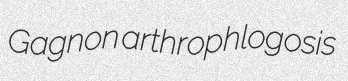
Gagnon arthrophlogosis